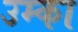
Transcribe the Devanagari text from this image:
उम्का